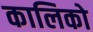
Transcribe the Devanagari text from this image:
कालिको